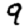
Digit: 9